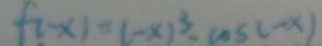
f ( x ) = ( - x ) ^ { 3 } - \cos ( - x )